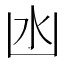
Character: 凼